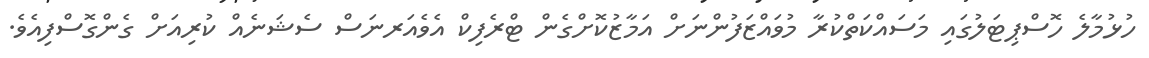
ހުޅުމާލެ ހޮސްޕިޓަލުގައި މަސައްކަތްކުރާ މުވައްޒަފުންނަށް އަމާޒުކޮށްގެން ޓްރެފިކް އެވެއަރނަސް ސެޝަނެއް ކުރިއަށް ގެންގޮސްފިއެވެ.